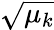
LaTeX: \sqrt{\mu_{k}}